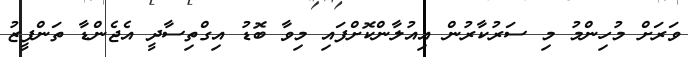
ވަރަށް މުހިންމު މި ސަރުކާރުން އިއުލާންކޮށްފައި މިވާ ބޮޑު އިގްތިސާދީ އެޖެންޑާ ތަންފީޒު